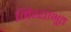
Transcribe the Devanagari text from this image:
मिथ्याभूत